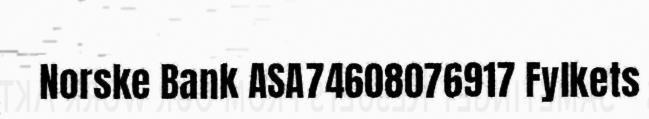
Norske Bank ASA74608076917 Fylkets